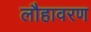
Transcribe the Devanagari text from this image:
लौहावरण